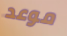
موعد